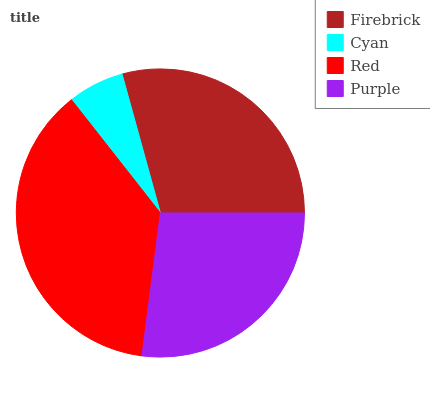
| Firebrick | Cyan | Red | Purple |
 | --- | --- | --- | --- |
 | 29.3% | 6.31% | 37.4% | 27% |